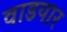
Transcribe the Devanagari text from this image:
वाडयार